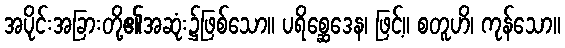
အပိုင်းအခြားတို့၏အဆုံး၌ဖြစ်သော။ ပရိစ္ဆေဒေန၊ ဖြင့်။ စတူဟိ၊ ကုန်သော။